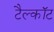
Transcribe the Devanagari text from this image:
टैल्कॉट